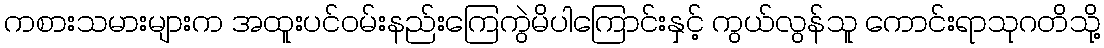
ကစားသမားများက အထူးပင်ဝမ်းနည်းကြေကွဲမိပါကြောင်းနှင့် ကွယ်လွန်သူ ကောင်းရာသုဂတိသို့